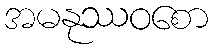
အမနုဿဝစော